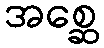
အစ္ဆေ